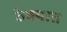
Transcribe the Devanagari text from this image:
ठेक्यात